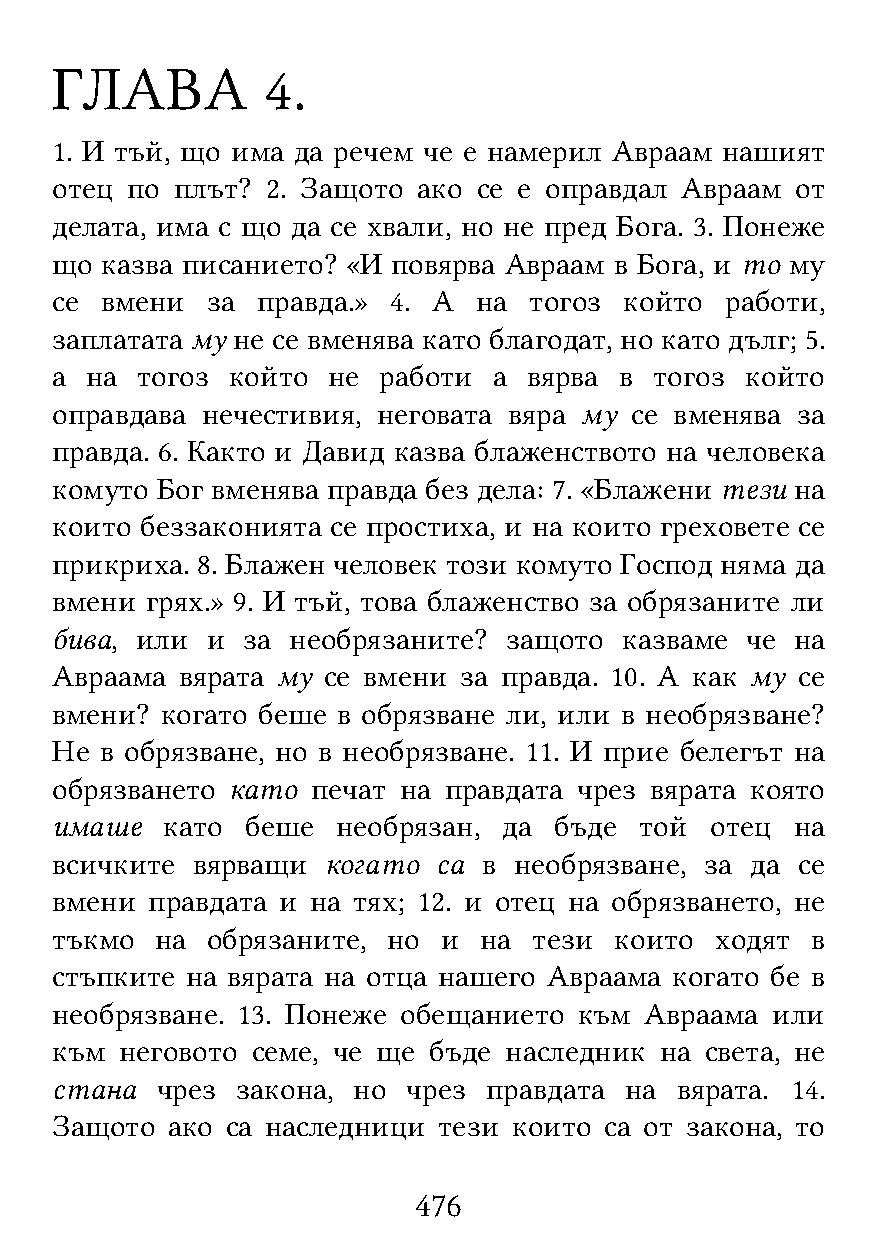
ГЛАВА          4.
 1. И тъй, що има да речем че е намерил Авраам нашият
 отец по  плът? 2. Защото ако се е оправдал Авраам от
 делата, има с що да се хвали, но не пред Бога. 3. Понеже
 що  казва писанието? «И повярва Авраам в Бога, и то му
 се  вмени  за правда.» 4. А  на тогоз който  работи,
 заплатата му не се вменява като благодат, но като дълг; 5.
 а  на тогоз който  не работи  а вярва в тогоз който
 оправдава нечестивия, неговата вяра му се вменява за
 правда. 6. Както и Давид казва блаженството на человека
 комуто Бог вменява правда без дела: 7. «Блажени тези на
 които беззаконията се простиха, и на които греховете се
 прикриха. 8. Блажен человек този комуто Господ няма да
 вмени  грях.» 9. И тъй, това блаженство за обрязаните ли
 бива, или  и за необрязаните? защото  казваме че  на
 Авраама  вярата му се вмени за правда. 10. А как му се
 вмени?  когато беше в обрязване ли, или в необрязване?
 Не  в обрязване, но в необрязване. 11. И прие белегът на
 обрязването като  печат на правдата чрез вярата която
 имаше   като беше  необрязан, да  бъде той  отец  на
 всичките  вярващи  когато са в необрязване, за да се
 вмени  правдата и на тях; 12. и отец на обрязването, не
 тъкмо  на  обрязаните, но и  на тези  които ходят  в
 стъпките на вярата на отца нашего Авраама когато бе в
 необрязване. 13. Понеже обещанието към  Авраама или
 към  неговото семе, че ще бъде наследник на света, не
 стана  чрез  закона, но чрез правдата на  вярата. 14.
 Защото  ако са наследници тези които са от закона, то
 476